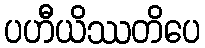
ပဟီယိဿတိပေ